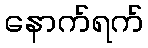
နောက်ရက်